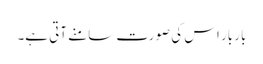
بار بار اس کی صورت سامنے آتی ہے۔